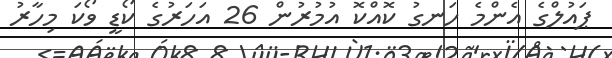
ޕައުލްގެ އެންމެ ހަނގު ކޮއްކޮ އުމުރުން 26 އަހަރުގެ ކޯޑީ ވޯކަ މިހާރު